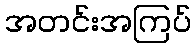
အတင်းအကြပ်